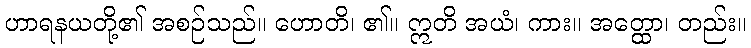
ဟာရနယတို့၏ အစဉ်သည်။ ဟောတိ၊ ၏။ ဣတိ အယံ၊ ကား။ အတ္ထော၊ တည်း။